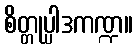
စိတ္တုပ္ပါဒကဏ္ဍ။